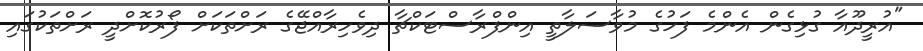
"އުރީދޫއާ ގުޅިގެން އެންމެ ފަހުގެ މުވާސަލާތީ އިންފްރާސްޓަކްޗާ ދިވެހިރާއްޖޭގެ ރަށްތަކަށް ފޯރުކޮށްދީ ރަށްތަކުގައި